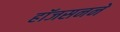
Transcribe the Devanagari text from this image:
हॉजसनने